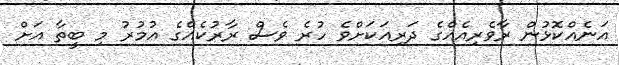
އަނެއްކޮޅުން ރާވެރިއެއްގެ ދަރިއަކަށްވެ ހުރެ ވެސް ރާރުކެއްގެ އުމުރު މި ބީތާ އަށް